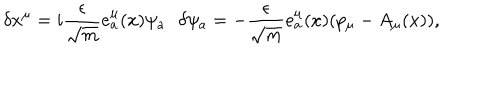
LaTeX: \delta x ^ { \mu } = i \frac { \epsilon } { \sqrt { m } } e _ { a } ^ { \mu } ( x ) \psi _ { a } \, \ \ \delta \psi _ { a } = - \frac { \epsilon } { \sqrt { m } } e _ { a } ^ { \mu } ( x ) ( p _ { \mu } - A _ { \mu } ( x ) ) ,